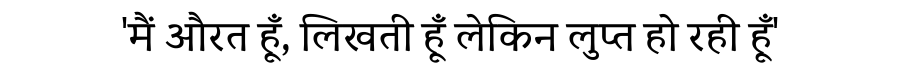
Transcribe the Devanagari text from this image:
'मैं औरत हूँ, लिखती हूँ लेकिन लुप्त हो रही हूँ'